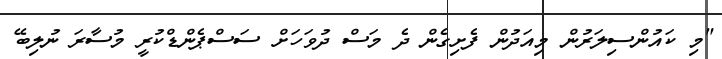
"މި ކައުންސިލަރުން މިއަދުން ފެށިގެން ދެ މަސް ދުވަހަށް ސަސްޕެންޑްކުރީ މުސާރަ ނުލިބޭ